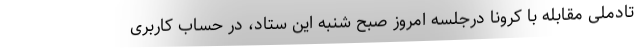
تادملی مقابله با کرونا درجلسه امروز صبح شنبه این ستاد، در حساب کاربری